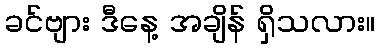
ခင်ဗျား ဒီနေ့ အချိန် ရှိသလား။